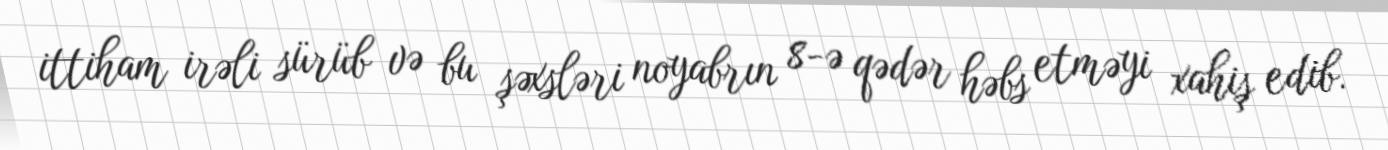
ittiham irəli sürüb və bu şəxsləri noyabrın 8-ə qədər həbs etməyi xahiş edib.